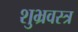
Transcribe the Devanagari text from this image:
शुभ्रवस्त्र